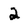
Character: 2